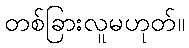
တစ်ခြားလူမဟုတ်။